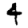
Digit: 4